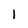
Character: I